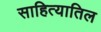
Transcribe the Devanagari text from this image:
साहित्यातिल